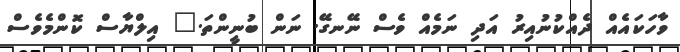
ވާހަކައެއް ދެއްކުނުއިރު އަދި ނަމެއް ވެސް ނޭނގޭ. ނަން ބުނީންތަ." އިލްޔާސް ކޮންމެވެސް